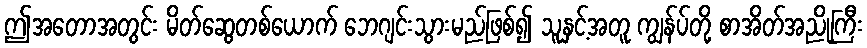
ဤအတောအတွင်း မိတ်ဆွေတစ်ယောက် ဘေဂျင်းသွားမည်ဖြစ်၍ သူနှင့်အတူ ကျွန်ပ်တို့ စာအိတ်အညိုကြီး